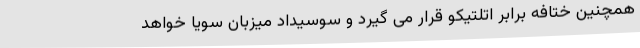
همچنین ختافه برابر اتلتیکو قرار می گیرد و سوسیداد میزبان سویا خواهد